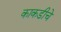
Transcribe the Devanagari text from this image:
काकडीचे